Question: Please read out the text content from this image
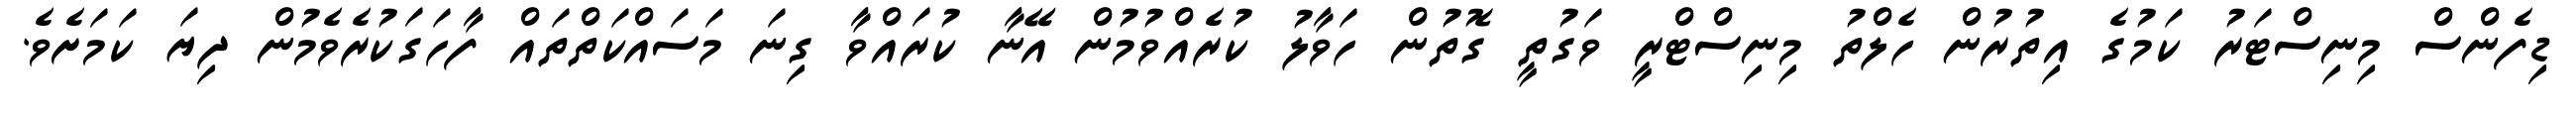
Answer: ޑިފެންސް މިނިސްޓަރު ކަމުގެ އިތުރުން ހެލްތު މިނިސްޓްރީ ވަގުތީ ގޮތުން ހަވާލު ކުރެއްވުމުން އޭނާ ކުރައްވާ ގިނަ މަސައްކަތްތައް ފާހަގަކުރެވެމުން ދިޔަ ކަމަށެވެ.